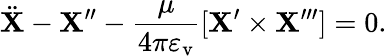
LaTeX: \ddot{{\mathbf X}}-{\mathbf X}^{\prime\prime}-{\frac{\mu}{4\pi\varepsilon_{\mathrm{v}}}}[{\mathbf X}^{\prime}\times{\mathbf X}^{\prime\prime\prime}]=0.